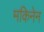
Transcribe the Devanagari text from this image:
मकिनेन